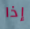
إذا